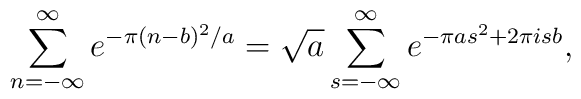
\sum_{n=-\infty}^{\infty} e^{-\pi (n-b)^2/a} =\sqrt{a} \sum_{s=-\infty}^{\infty} e^{-\pi a s^2 + 2\pi i s b},